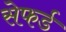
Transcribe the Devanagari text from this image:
सेफर्ड